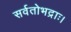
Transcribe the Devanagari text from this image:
सर्वतोभद्राः।